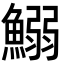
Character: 鰯